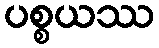
ပစ္စယဿ